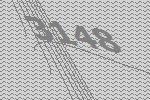
3148